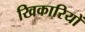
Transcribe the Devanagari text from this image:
खिकारियों